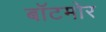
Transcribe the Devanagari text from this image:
बॉटमोर